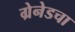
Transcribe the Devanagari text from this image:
ग्रेनेडचा